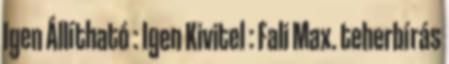
Igen Állítható : Igen Kivitel : Fali Max. teherbírás